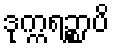
ဒုက္ကရဉ္စာပိ